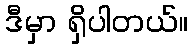
ဒီမှာ ရှိပါတယ်။